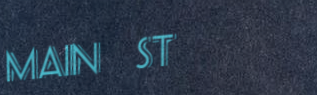
Main St